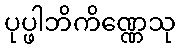
ပုပ္ဖါဘိကိဏ္ဏေသု